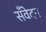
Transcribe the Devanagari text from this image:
सँवेदन